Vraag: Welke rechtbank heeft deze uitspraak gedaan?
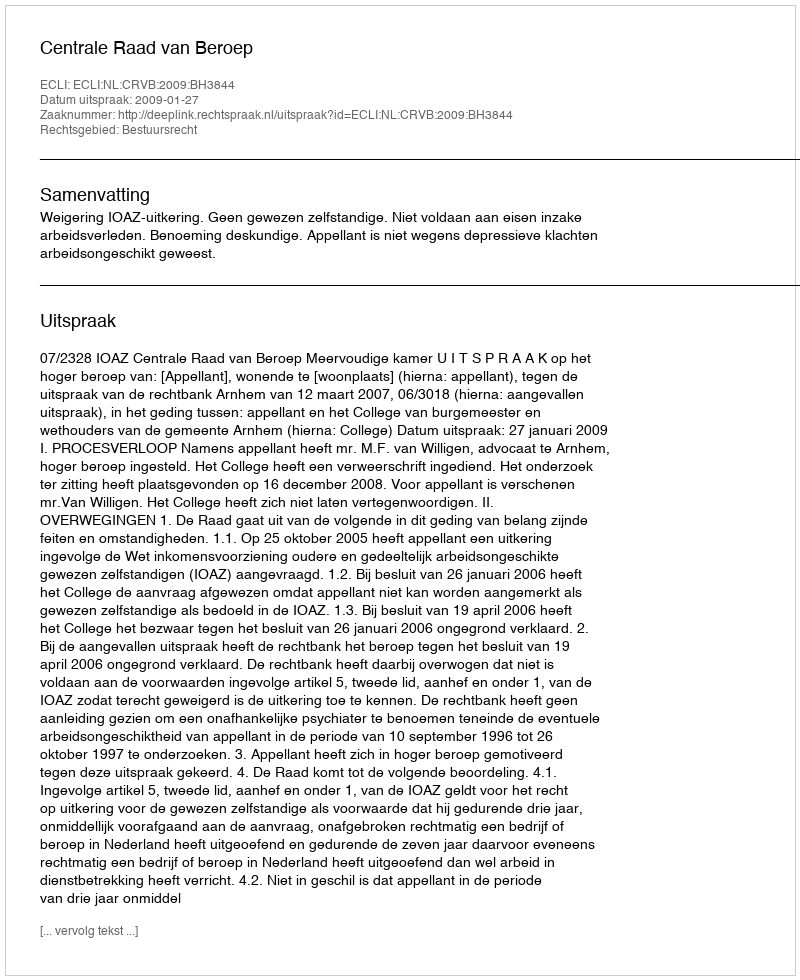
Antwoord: Centrale Raad van Beroep